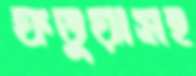
ফতুয়াসহ